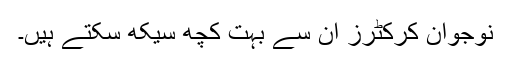
نوجوان کرکٹرز ان سے بہت کچھ سیکھ سکتے ہیں۔